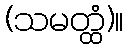
(သမတ္ထံ)။